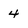
Character: 4